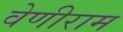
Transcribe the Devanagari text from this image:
वेणीराम